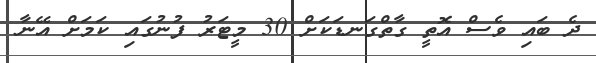
ދެ ބައި ވެސް އޮތީ ގާތްގަނޑަކަށް 30 މީޓަރު ފުނުގައި ކަމަށް އޭނާ